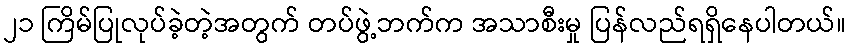
၂၁ ကြိမ်ပြုလုပ်ခဲ့တဲ့အတွက် တပ်ဖွဲ့ဘက်က အသာစီးမှု ပြန်လည်ရရှိနေပါတယ်။